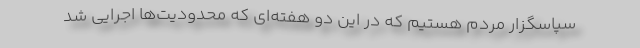
سپاسگزار مردم هستیم که در این دو هفته‌ای که محدودیت‌ها اجرایی شد